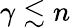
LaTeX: \gamma\lesssim n